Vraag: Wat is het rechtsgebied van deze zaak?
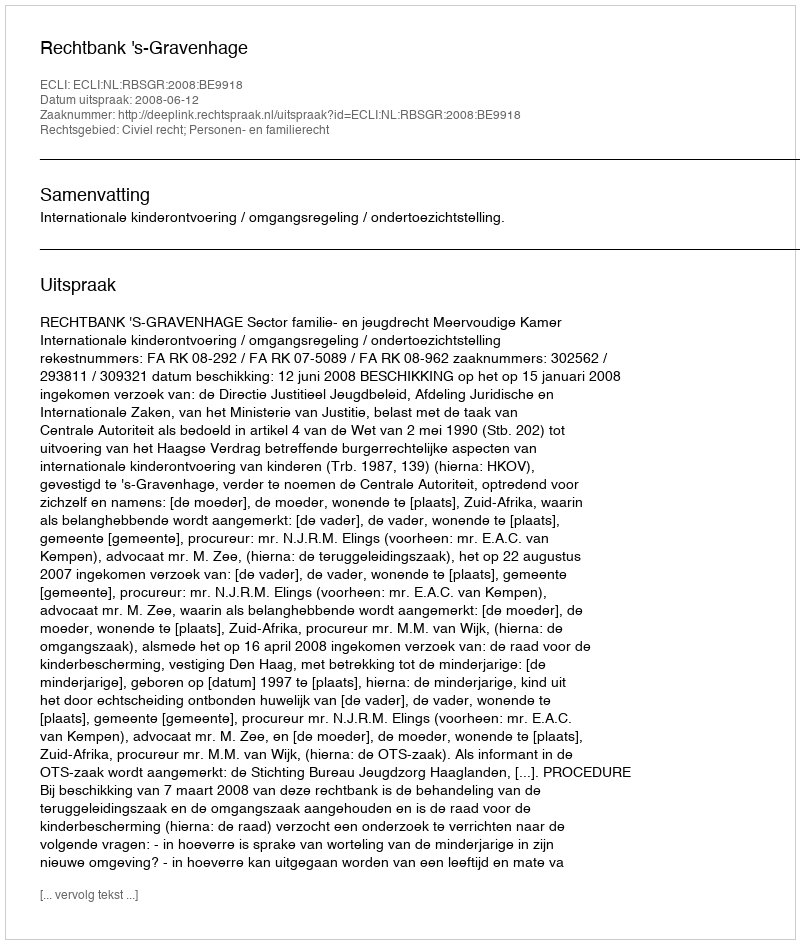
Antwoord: Civiel recht; Personen- en familierecht